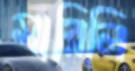
মারিলি